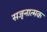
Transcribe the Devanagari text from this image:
सजृनात्मक